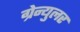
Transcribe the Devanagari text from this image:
ग्रेन्युलर